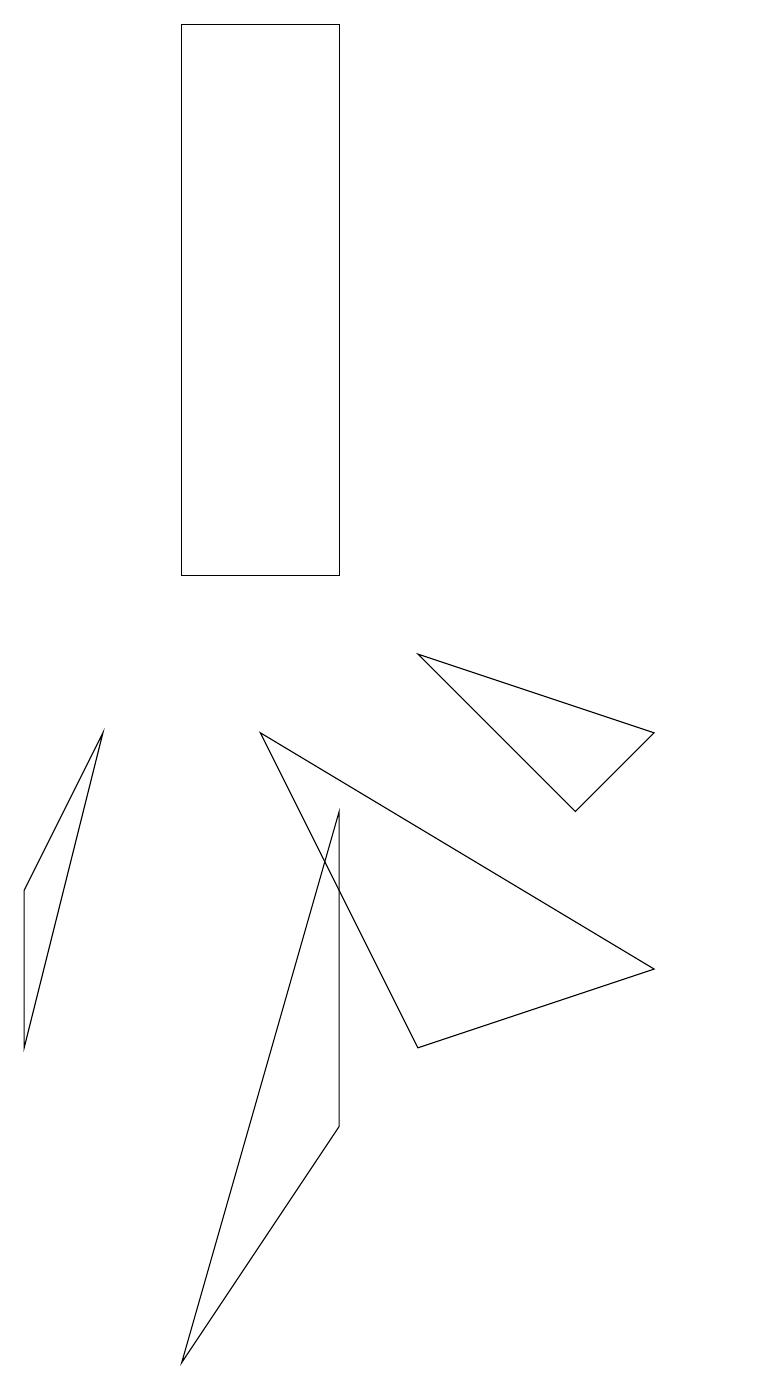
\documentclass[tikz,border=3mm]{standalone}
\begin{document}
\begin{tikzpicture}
\draw (5,7) -- (5,3) -- (3,0) -- cycle;
\draw (5,17) rectangle (3,10);
\draw (1,4) -- (2,8) -- (1,6) -- cycle;
\draw (6,9) -- (8,7) -- (9,8) -- cycle;
\draw (9,5) -- (4,8) -- (6,4) -- cycle;
\draw (10,10) circle (0);
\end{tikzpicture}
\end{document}